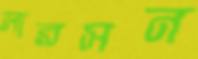
লারসন